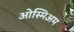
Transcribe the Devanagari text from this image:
ओस्मिअम